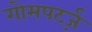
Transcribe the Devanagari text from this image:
गोमपर्ट्ज़